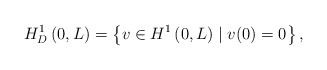
\begin{align*}H_{D}^{1}\left(0,L\right)=\left\{ v\in H^{1}\left(0,L\right)\mid v(0)=0\right\} ,\end{align*}